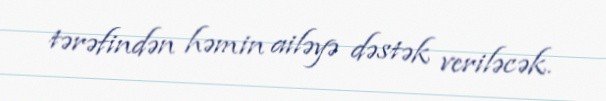
tərəfindən həmin ailəyə dəstək veriləcək.